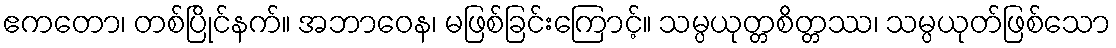
ဧကတော၊ တစ်ပြိုင်နက်။ အဘာဝေန၊ မဖြစ်ခြင်းကြောင့်။ သမ္ပယုတ္တစိတ္တဿ၊ သမ္ပယုတ်ဖြစ်သော